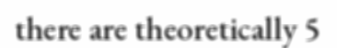
there are theoretically 5